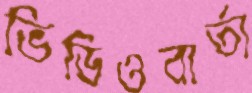
ভিডিওবার্তা